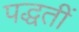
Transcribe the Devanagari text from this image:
पद्धतीं